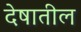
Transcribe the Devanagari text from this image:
देषातील